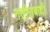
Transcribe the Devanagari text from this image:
नसीराबादी